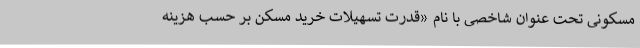
مسکونی تحت عنوان شاخصی با نام «قدرت تسهیلات خرید مسکن بر حسب هزینه